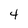
Character: 4